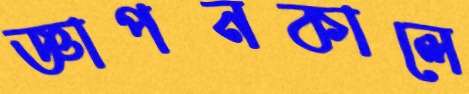
জ্ঞাপনকালে